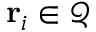
\mathbf { r } _ { i } \in \mathcal { Q }